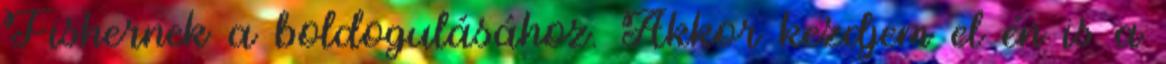
Fishernek a boldogulásához. Akkor kezdjem el én is a